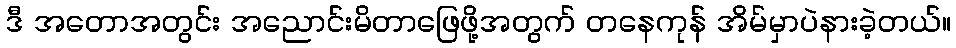
ဒီ အတောအတွင်း အညောင်းမိတာဖြေဖို့အတွက် တနေကုန် အိမ်မှာပဲနားခဲ့တယ်။